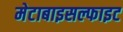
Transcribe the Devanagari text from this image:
मेटाबाइसल्फाइट